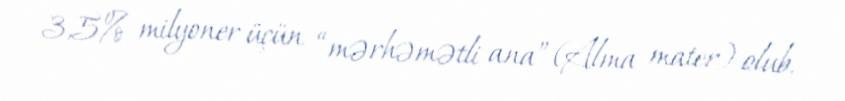
3,5% milyoner üçün “mərhəmətli ana” (Alma mater) olub.